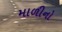
માળીનો